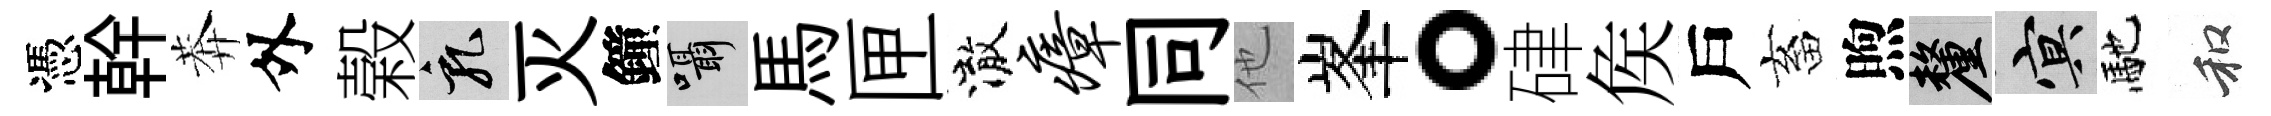
憑幹莾外榖乳灭鐘囁馬匣澈瘴同他峯。硉矦戶畜煦厘冥馳和